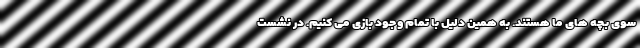
سوی بچه های ما هستند. به همین دلیل با تمام وجود بازی می کنیم. در نشست